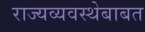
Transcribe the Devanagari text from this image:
राज्यव्यवस्थेबाबत